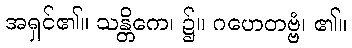
အရှင်၏။ သန္တိကေ၊ ၌။ ဂဟေတဗ္ဗံ၊ ၏။